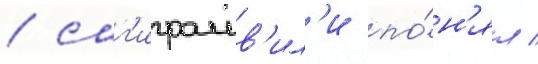
/ саг'ирашв'ил'и по́н'ял /